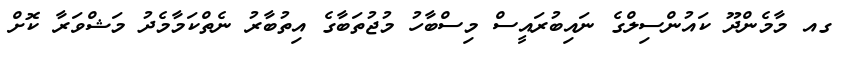
ގއ މާމެންދޫ ކައުންސިލްގެ ނައިބުރައީސް މިސްބާހު މުޖުތަބާގެ އިތުބާރު ނެތްކަމާމެދު މަޝްވަރާ ކޮށް